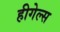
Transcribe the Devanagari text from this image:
हीगेल्स